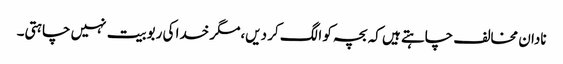
نادان مخالف چاہتے ہیں کہ بچہ کو الگ کر دیں،مگر خدا کی ربوبیت نہیں چاہتی۔